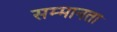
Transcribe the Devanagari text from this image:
सम्मानता